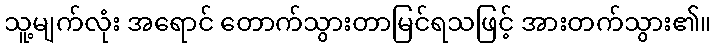
သူ့မျက်လုံး အရောင် တောက်သွားတာမြင်ရသဖြင့် အားတက်သွား၏။